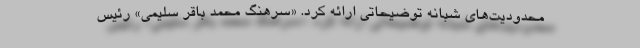
محدودیت‌های شبانه توضیحاتی ارائه کرد. «سرهنگ محمد باقر سلیمی» رئیس